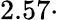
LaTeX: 2.57\cdot